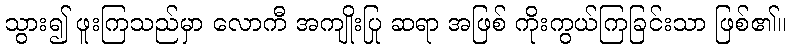
သွား၍ ဖူးကြသည်မှာ လောကီ အကျိုးပြု ဆရာ အဖြစ် ကိုးကွယ်ကြခြင်းသာ ဖြစ်၏။